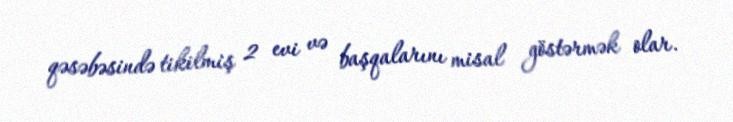
qəsəbəsində tikilmiş 2 evi və başqalarını misal göstərmək olar.